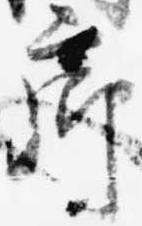
廊